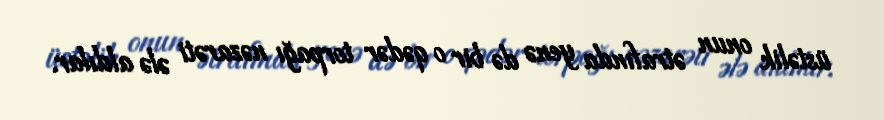
üstəlik onun ətrafında yenə də bir o qədər torpağı nəzarəti ələ aldılar.